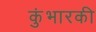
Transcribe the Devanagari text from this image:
कुंभारकी